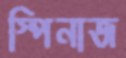
স্পিনাজ